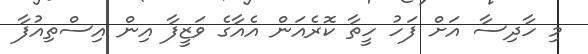
މި ހާދިސާ އަށް ފަހު ހީތާ ކޮރެއަން އެއާގެ ވަޒީފާ އިން އިސްތިއުފާ